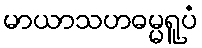
မာယာသဟဓမ္မရူပံ